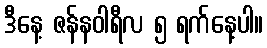
ဒီနေ့ ဇန်နဝါရီလ ၅ ရက်နေ့ပါ။